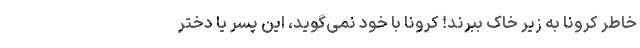
خاطر کرونا به زیر خاک ببرند! کرونا با خود نمی‌گوید، این پسر یا دختر